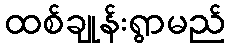
ထစ်ချုန်းရွာမည်